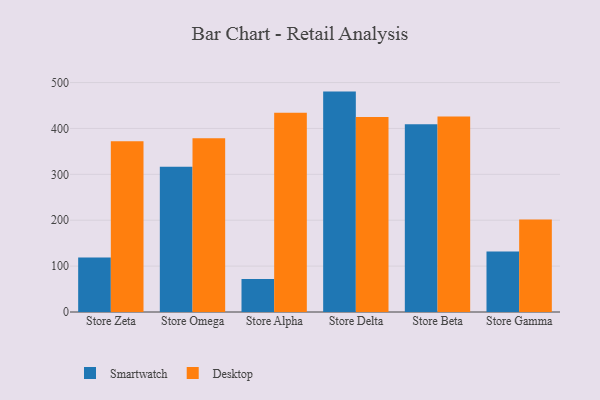
{"axis": {"x": "Store", "y": "Shipments"}, "legend": ["Desktop", "Smartwatch"], "data": [{"x": "Store Zeta", "y": 118.7, "type": "Smartwatch"}, {"x": "Store Zeta", "y": 372.1, "type": "Desktop"}, {"x": "Store Omega", "y": 316.3, "type": "Smartwatch"}, {"x": "Store Omega", "y": 378.7, "type": "Desktop"}, {"x": "Store Alpha", "y": 71.8, "type": "Smartwatch"}, {"x": "Store Alpha", "y": 434.3, "type": "Desktop"}, {"x": "Store Delta", "y": 480.3, "type": "Smartwatch"}, {"x": "Store Delta", "y": 425.1, "type": "Desktop"}, {"x": "Store Beta", "y": 409.1, "type": "Smartwatch"}, {"x": "Store Beta", "y": 426.0, "type": "Desktop"}, {"x": "Store Gamma", "y": 131.8, "type": "Smartwatch"}, {"x": "Store Gamma", "y": 201.5, "type": "Desktop"}]}